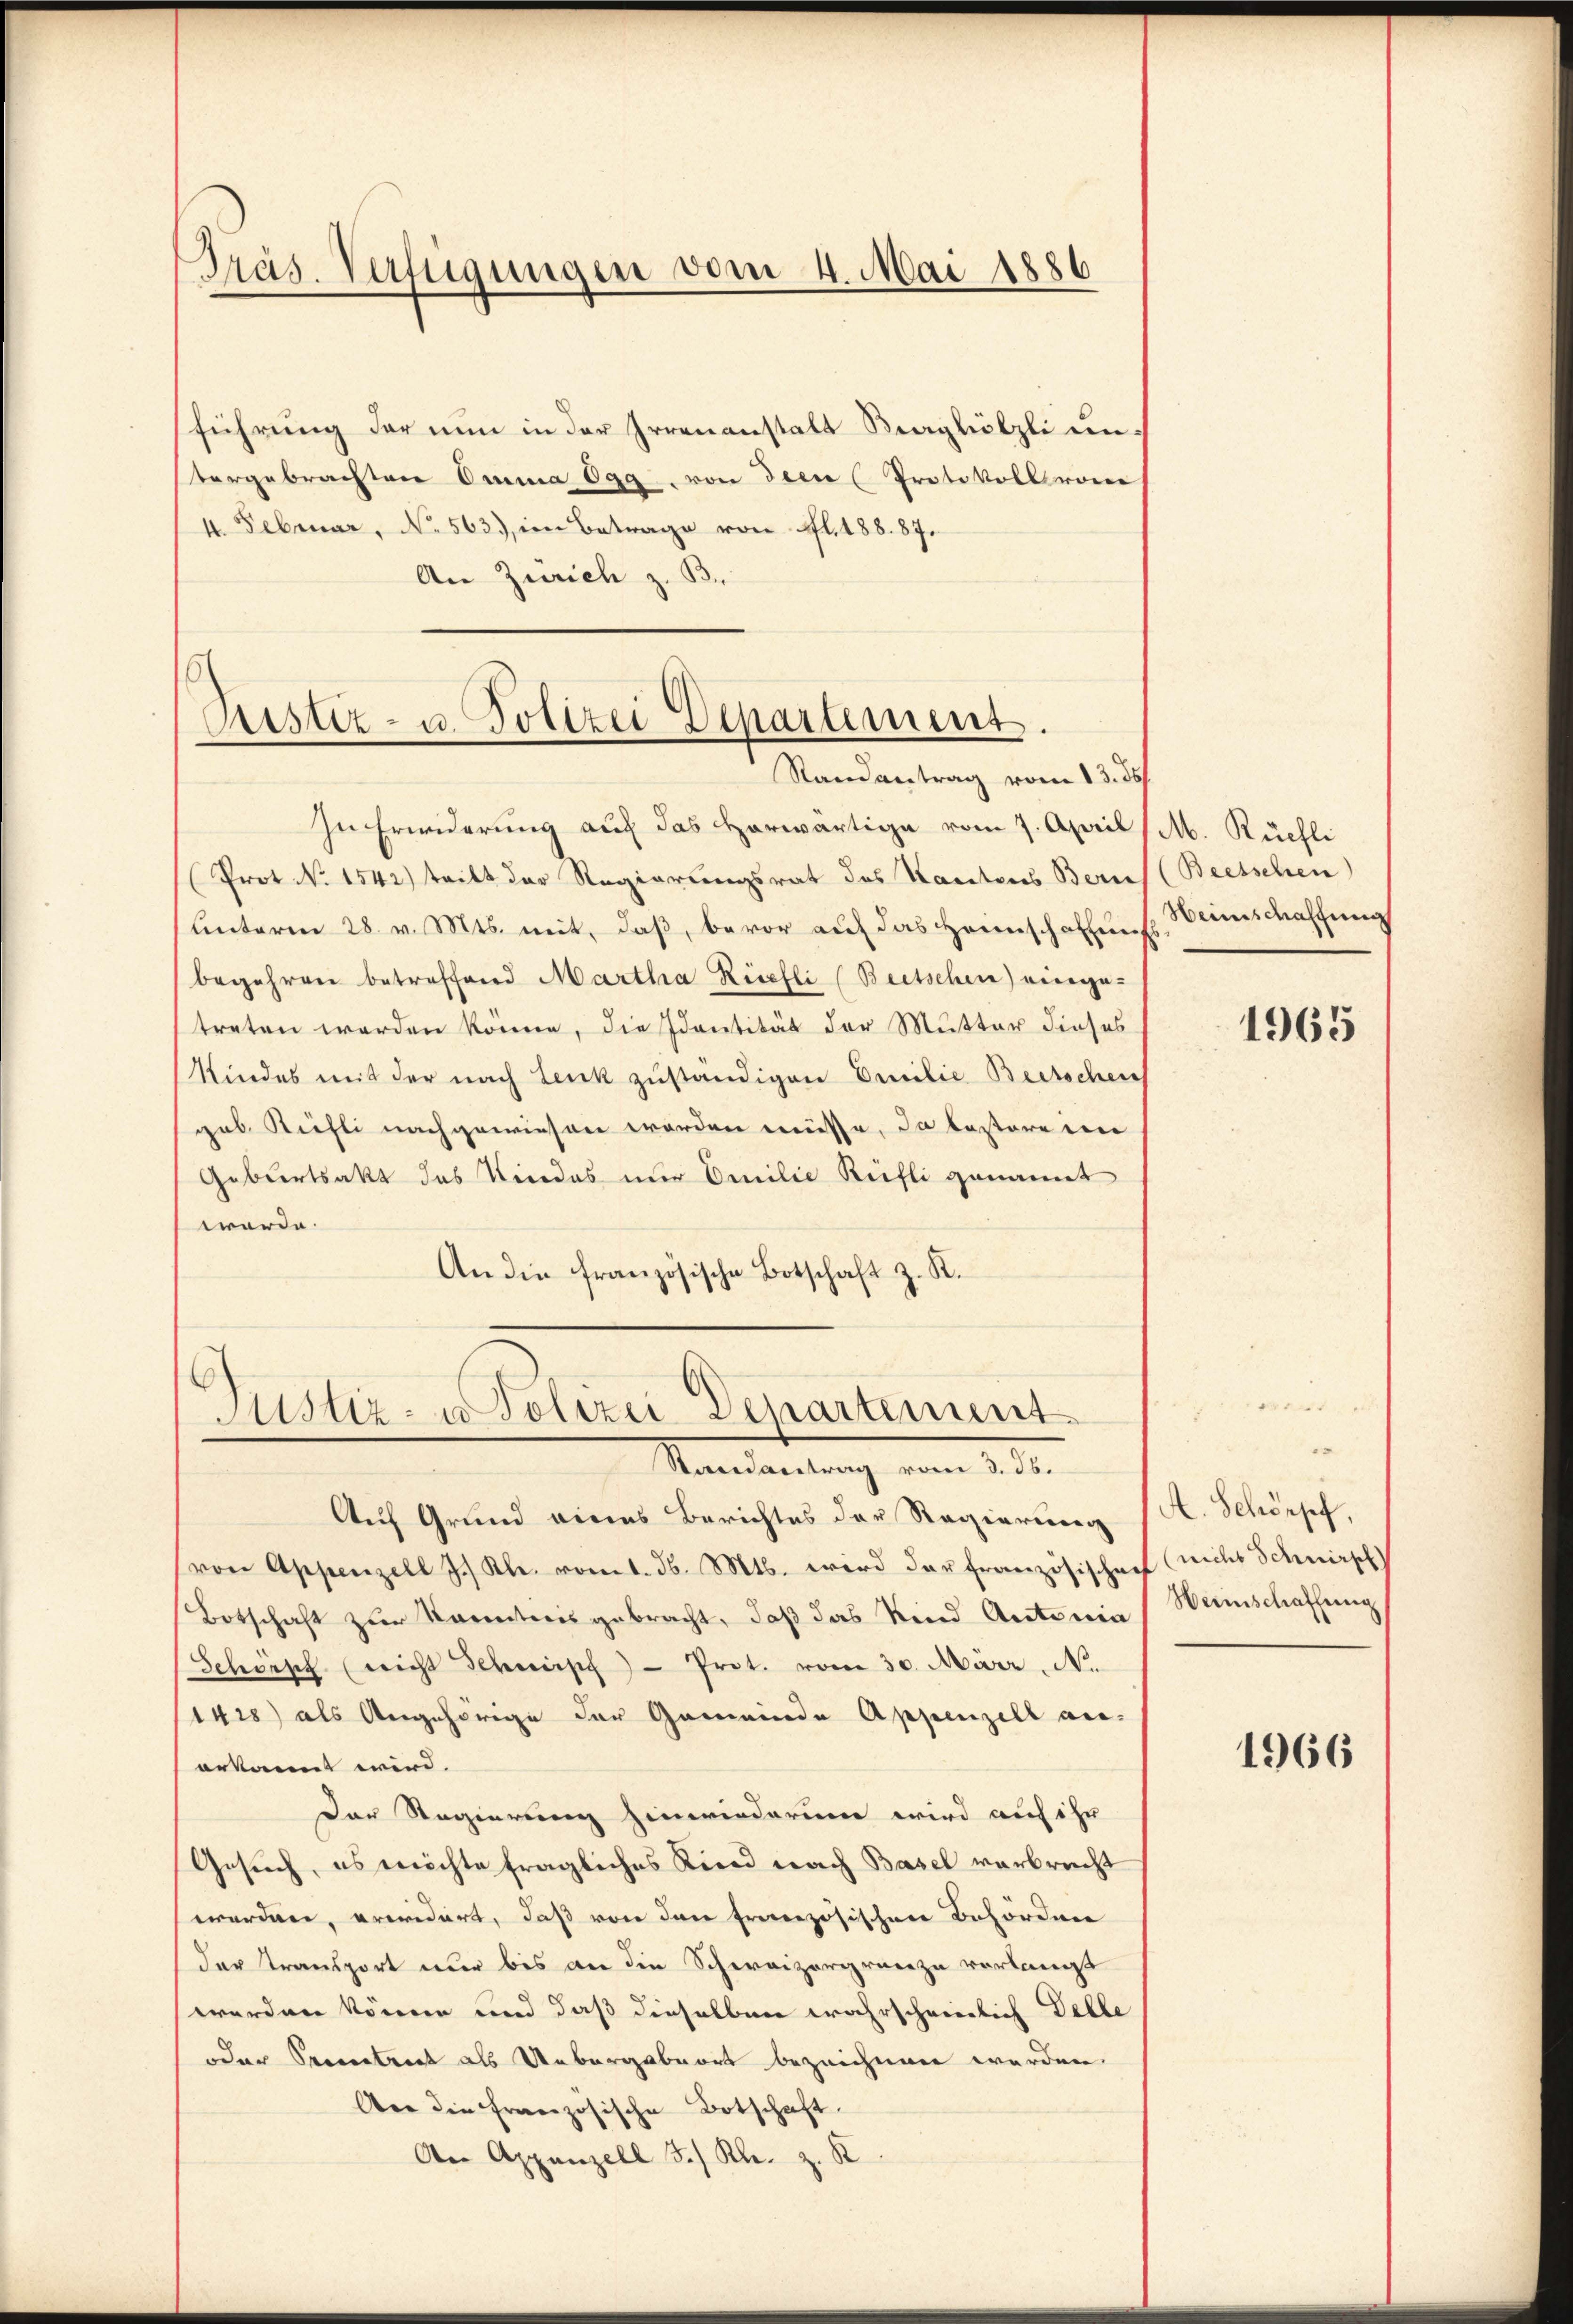
Präs. Verfügungen vom 4. Mai 1886

führung der nun in der Irrenanstalt Saghölzli untergebrachten Omma Ogg von dem Protokoll von
4. Februar, No 563, im Betrage von fl. 188. 87.
An Zürich z. B.

Rustiz- u. Polizei Departement.
Randantrag vom 13. 35

In Erwiderung auf das vorwärtige vom 7. April
(Prot. No 1542) tritt der Regierungsrat des Kantons Bern
Unterm 28. v. Mts. mit, daß, bevor auf das Heimschaffen
begehren betreffend Martha Rüefli (Beetschen) einge-
treten werden könne, die Identität der Mutter dieses
Kindes mit der nach Lenk zuständigen Emilie Beitschen
gab Riehli nachgewiesen worden müsse, da bestore eine
Geburtsakt das Kindes nur Emilie Rüfli genannt
werde.
An die französische Botschaft z. R.

C
Justiz- u Polizei Departement
Randantrag vom 3. ds.

Auf Grund eines Berichtes der Regierung
von Appenzell J.) Kl. vom 1. d. Mts. wird der Französischef (nicht Schnirpf
Botschaft zŭr Kenntnis gebracht, daβ das Kind Antonia Wunschaffung
Schönsch (nicht Schupf - Prot. vom 30. März. No.
1428) als Angehörige der Gemeinde Appenzell anerkannt wird. |
Der Regierung hinwiederum wird auf ihr
Gesuch, es möchte fragliches Kind nach Basel verbrecht
worden, previdirt, daß von den freizösischen Behördenen
der Transport nur bis an die Schweizergrenze verlangt
werden können und daß dieselben wahrschwierlich Delle
oder Specentreet als Unbergabeort bezeichnen werden.
Aer die Französische Botschaft.
An Appenzell 3./ Kl. z. R

M. Küchli
(Beetschen
Heimschaffung

1965

A. Schöpf,

1966